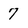
Character: 7